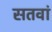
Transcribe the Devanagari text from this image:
सतवां